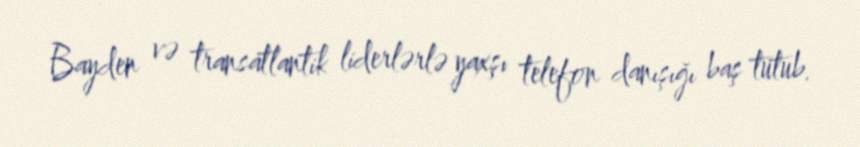
Bayden və transatlantik liderlərlə yaxşı telefon danışığı baş tutub.